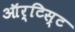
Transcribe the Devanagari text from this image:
ऑर्टिस्ट